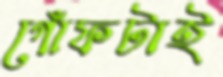
গোঁফটাই